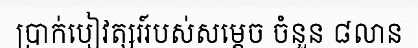
ប្រាក់បៀវត្សរ៍របស់សម្តេច ចំនួន ៨លាន